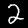
Digit: 2